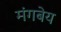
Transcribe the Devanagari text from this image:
मंगबेय